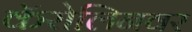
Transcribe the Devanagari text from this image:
कॅरोलिनवर